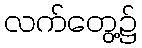
လက်တွေ့၌